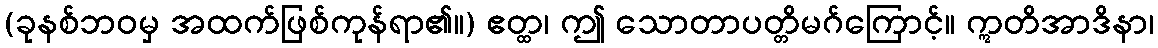
(ခုနစ်ဘဝမှ အထက်ဖြစ်ကုန်ရာ၏။) ဧတ္ထ၊ ဤ သောတာပတ္တိမဂ်ကြောင့်။ ဣတိအာဒိနာ၊